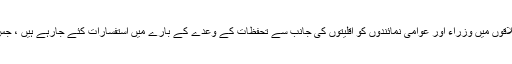
بتایا جاتا ہے کہ ورنگل لوک سبھا حلقہ کے کئی علاقوں میں وزراء اور عوامی نمائندوں کو اقلیتوں کی جانب سے تحفظات کے وعدے کے بارے میں استفسارات کئے جارہے ہیں ، جس سے ٹی آر ایس حلقوں میں تشویش پائی جاتی ہے۔